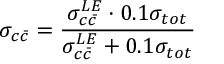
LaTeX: \sigma _ { c \bar { c } } = { \frac { \sigma _ { c \bar { c } } ^ { L E } \cdot 0 . 1 \sigma _ { t o t } } { \sigma _ { c \bar { c } } ^ { L E } + 0 . 1 \sigma _ { t o t } } }